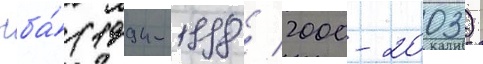
нба́ (1994-1998 / 2000-2003)